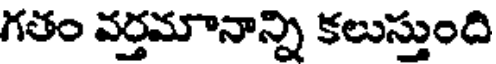
గతం వర్తమానాన్ని కలుస్తుంది